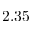
2 . 3 5